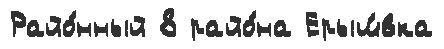
Райо́нный 8 райо́на Ерыш́вка